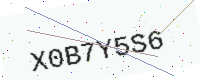
Text: X0B7Y5S6